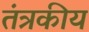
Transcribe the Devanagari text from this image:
तंत्रकीय